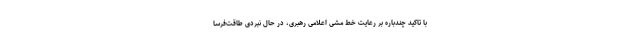
با تاکید چندباره بر رعایت خط مشی اعلامی رهبری، در حال نبردی طاقت‌فرسا